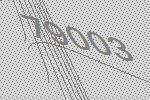
79003